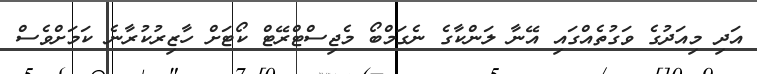
އަދި މިއަދުގެ ވަގުތެއްގައި އޭނާ ލަންކާގެ ނެގަމްބޯ މެޖިސްޓްރޭޓް ކޯޓަށް ހާޒިރުކުރާނެ ކަމަށްވެސް